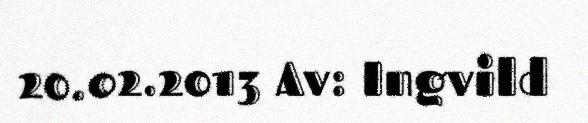
20.02.2013 Av: Ingvild